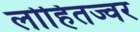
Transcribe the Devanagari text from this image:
लोहितज्वर